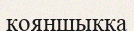
қояншыққа